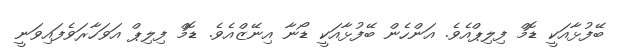
ބޭފުޅާއަކީ ޑޮމް ފިލިޕްއެވެ. އަންހެން ބޭފުޅާއަކީ ޑޯނާ އިނޭޒްއެވެ. ޑޮމް ފިލިޕް އަވަހާރަވެފައިވަނީ